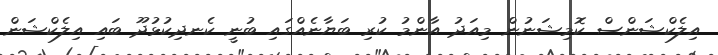
އިލެކްޝަންސް ކޮމިޝަނުން މިއަދު އާންމު ކުރި ބަޔާނެއްގައި ބުނީ ކެނދިކުޅުދޫ ބައި އިލެކްޝަން